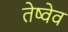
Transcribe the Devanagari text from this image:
तेष्वेव